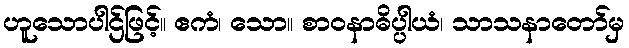
ဟူသောပါဌ်ဖြင့်။ ဧကံ၊ သော။ စာဝနာဓိပ္ပါယံ၊ သာသနာတော်မှ